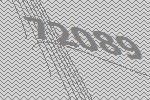
72089